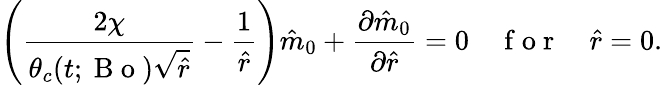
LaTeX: \left(\frac{2\chi}{\theta_{c}(t;\mathrm{~B~o~})\sqrt{\hat{r}}}-\frac{1}{\hat{r}}\right)\hat{m}_{0}+\frac{\partial\hat{m}_{0}}{\partial\hat{r}}=0\quad\mathrm{~f~o~r~}\quad\hat{r}=0.